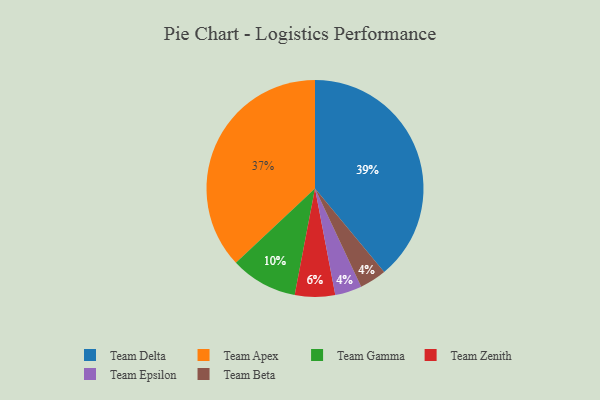
{"axis": {"x": "Category", "y": "Percentage"}, "legend": ["Team Apex", "Team Beta", "Team Delta", "Team Epsilon", "Team Gamma", "Team Zenith"], "data": [{"x": "Team Apex", "y": 37, "type": "Team Apex"}, {"x": "Team Delta", "y": 39, "type": "Team Delta"}, {"x": "Team Epsilon", "y": 4, "type": "Team Epsilon"}, {"x": "Team Beta", "y": 4, "type": "Team Beta"}, {"x": "Team Zenith", "y": 6, "type": "Team Zenith"}, {"x": "Team Gamma", "y": 10, "type": "Team Gamma"}]}